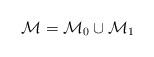
LaTeX: \begin{align*}\mathcal{M} = \mathcal{M}_0 \cup \mathcal{M}_1\end{align*}